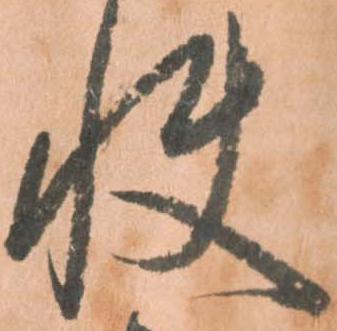
快